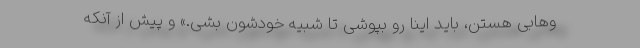
وهابی هستن، باید اینا رو بپوشی تا شبیه خودشون بشی.» و پیش از آنکه